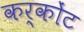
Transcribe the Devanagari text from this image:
कर्कोंट